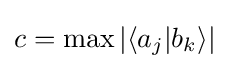
c=\max |\langle a_{j}|b_{k}\rangle |